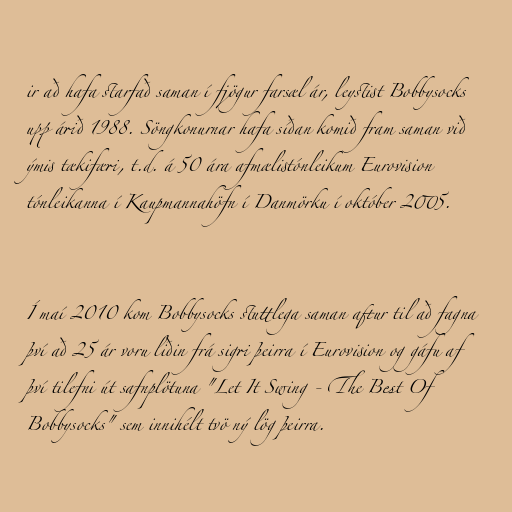
ir að hafa starfað saman í fjögur farsæl ár, leystist Bobbysocks
upp árið 1988. Söngkonurnar hafa síðan komið fram saman við
ýmis tækifæri, t.d. á 50 ára afmælistónleikum Eurovision
tónleikanna í Kaupmannahöfn í Danmörku í október 2005.

Í maí 2010 kom Bobbysocks stuttlega saman aftur til að fagna
því að 25 ár voru liðin frá sigri þeirra í Eurovision og gáfu af
því tilefni út safnplötuna "Let It Swing - The Best Of
Bobbysocks" sem innihélt tvö ný lög þeirra.